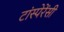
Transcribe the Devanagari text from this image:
टांस्पेरेंसी